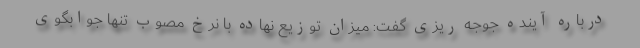
درباره آینده جوجه ریزی گفت: میزان توزیع نهاده با نرخ مصوب تنها جوابگوی